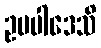
ဥပပါဒေသိ